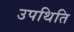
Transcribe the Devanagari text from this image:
उपथिति